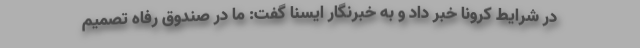
در شرایط کرونا خبر داد و به خبرنگار ایسنا گفت: ما در صندوق رفاه تصمیم